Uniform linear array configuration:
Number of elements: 4
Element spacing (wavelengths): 0.5
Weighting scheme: uniform
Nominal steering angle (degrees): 0
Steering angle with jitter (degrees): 1.356
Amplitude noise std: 0.05
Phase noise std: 0.05

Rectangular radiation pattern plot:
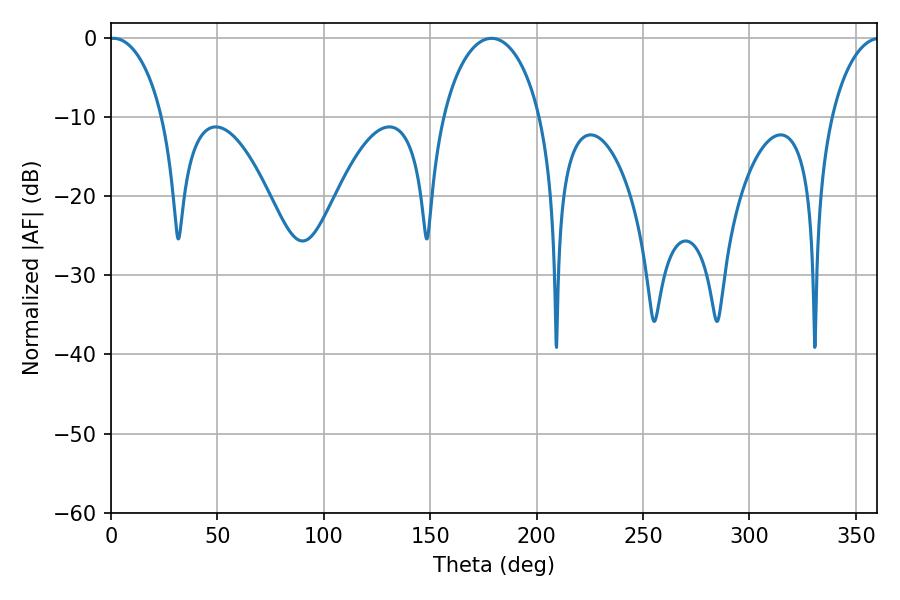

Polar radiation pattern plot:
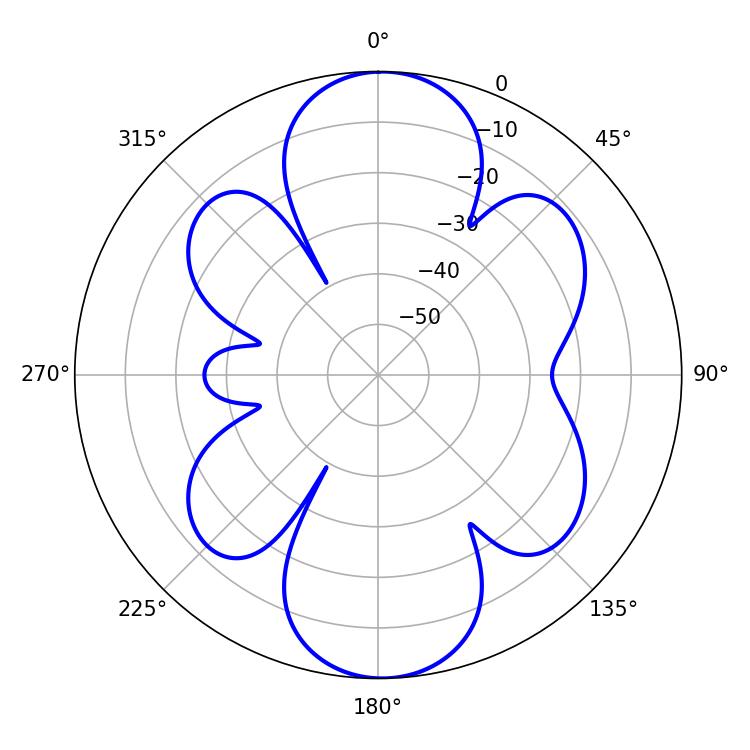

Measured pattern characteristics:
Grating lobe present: FALSE
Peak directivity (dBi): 16.948
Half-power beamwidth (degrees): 14.4
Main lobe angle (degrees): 1.26